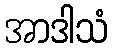
အာဒါသံ